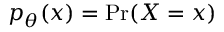
p _ { \theta } ( x ) = \mathrm { P r } ( X = x )